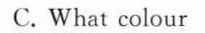
C. What colour